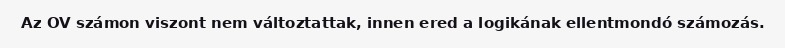
Az OV számon viszont nem változtattak, innen ered a logikának ellentmondó számozás.